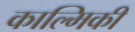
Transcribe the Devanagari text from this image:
काल्मिकी